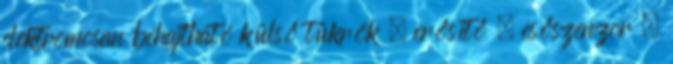
elektromosan behajtható külső tükrök – erősítő – esőszenzor –